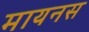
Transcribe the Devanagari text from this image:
मायनस